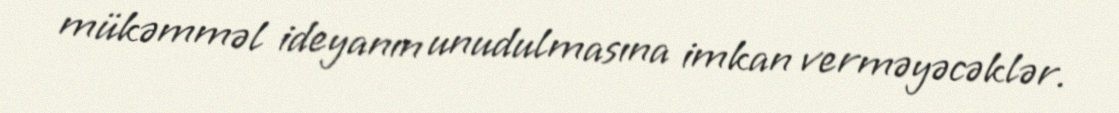
mükəmməl ideyanın unudulmasına imkan verməyəcəklər.